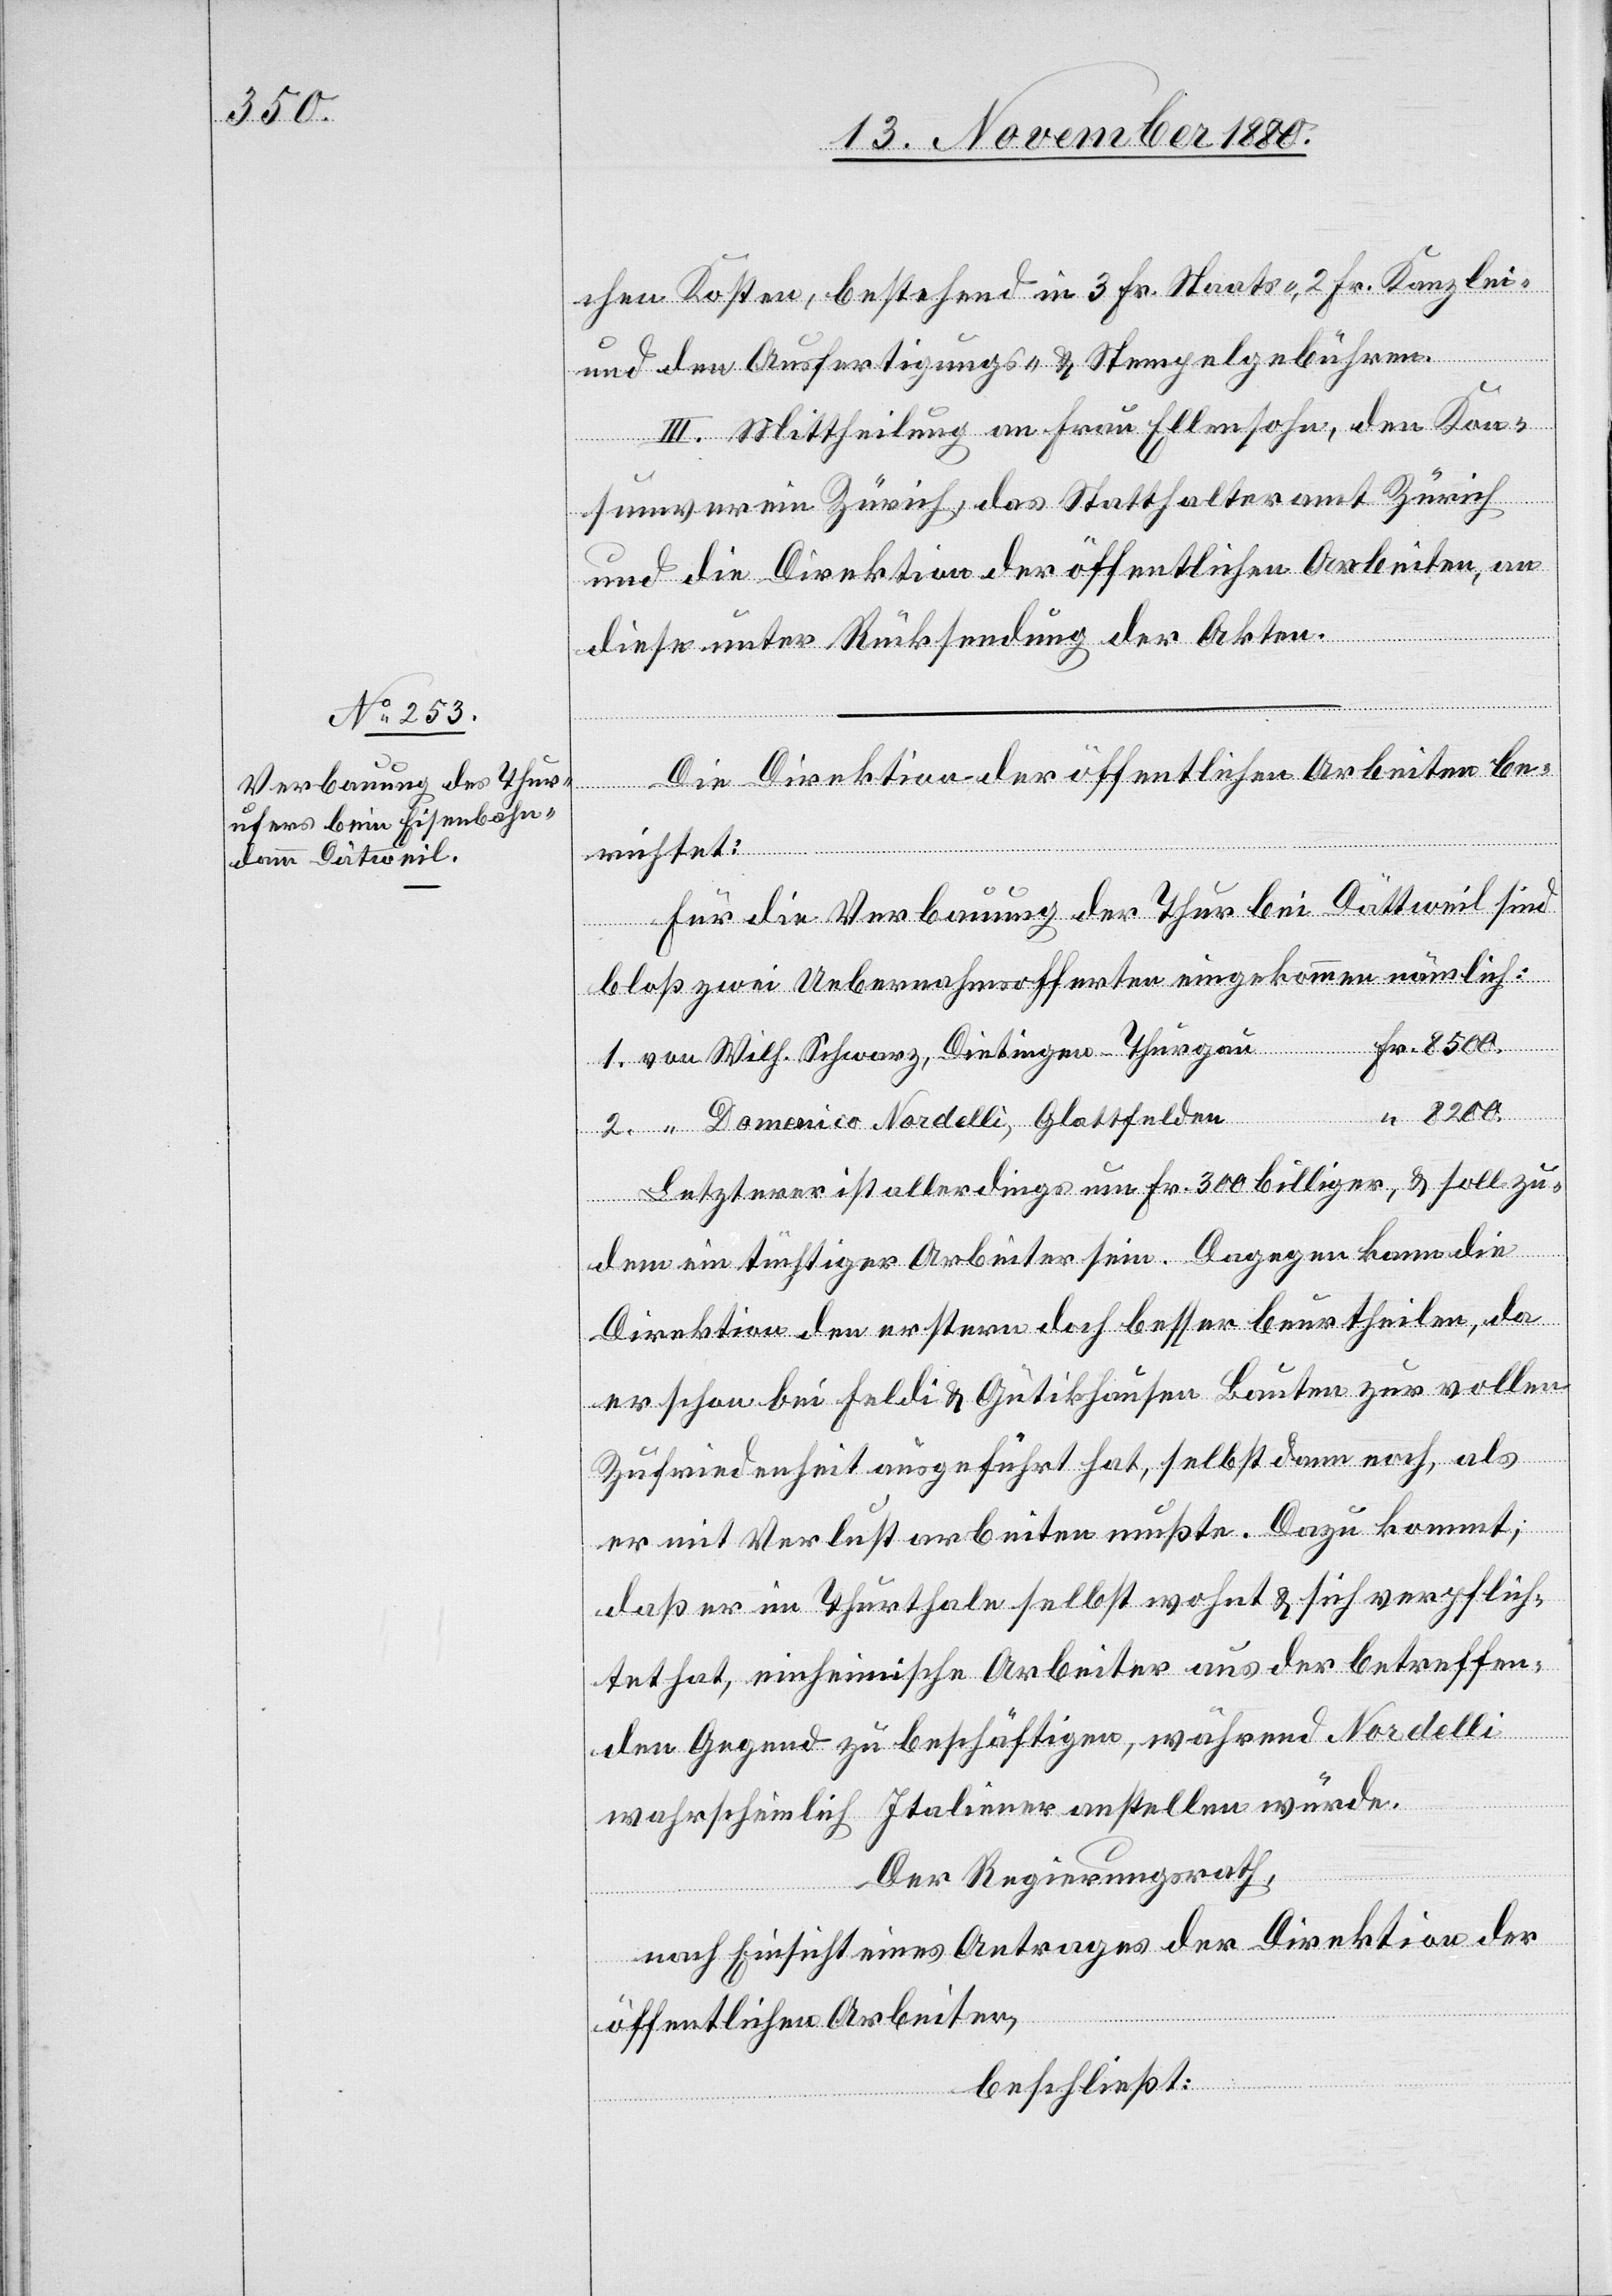
8500.

und den Ausfertigungs- & Stempelgebühren.
III. Mittheilung an Frau Ellensohn, den Kon¬
sumverein Zürich, das Statthalteramt Zürich
und die Direktion der öffentlichen Arbeiten, an
2.
“
diese unter Rücksendung der Akten.
Die Direktion der öffentlichen Arbeiten be¬
von
richtet:
Für die Verbauung der Thur bei Dättweil sind
bloß zwei Uebernahmsofferten eingekommen nämlich:
Thurgau
Domenico Nordelli, Glattfelden
Letzterer ist allerdings um Fr. 300 billiger & soll zu¬
dem ein tüchtiger Arbeiter sein. Dagegen kann die
Direktion den erstern doch besser beurtheilen, da
er schon bei Feldi & Gutikhausen Bauten zur vollen
Zufriedenheit ausgeführt hat, selbst dann noch, als
er mit Verlust arbeiten mußte. Dazu kommt,
daß er im Thurthale selbst wohnt & sich verpflich¬
tet hat, einheimische Arbeiter aus der betreffen¬
den Gegend zu beschäftigen, während Nordelli
wahrscheinlich Italiener anstellen würde.
Der Regierungsrath,
nach Einsicht eines Antrages der Direktion der
öffentlichen Arbeiten,
beschließt: